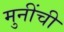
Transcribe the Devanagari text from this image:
मुनींची